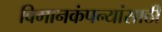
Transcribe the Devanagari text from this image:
विमानकंपन्यांसाठी